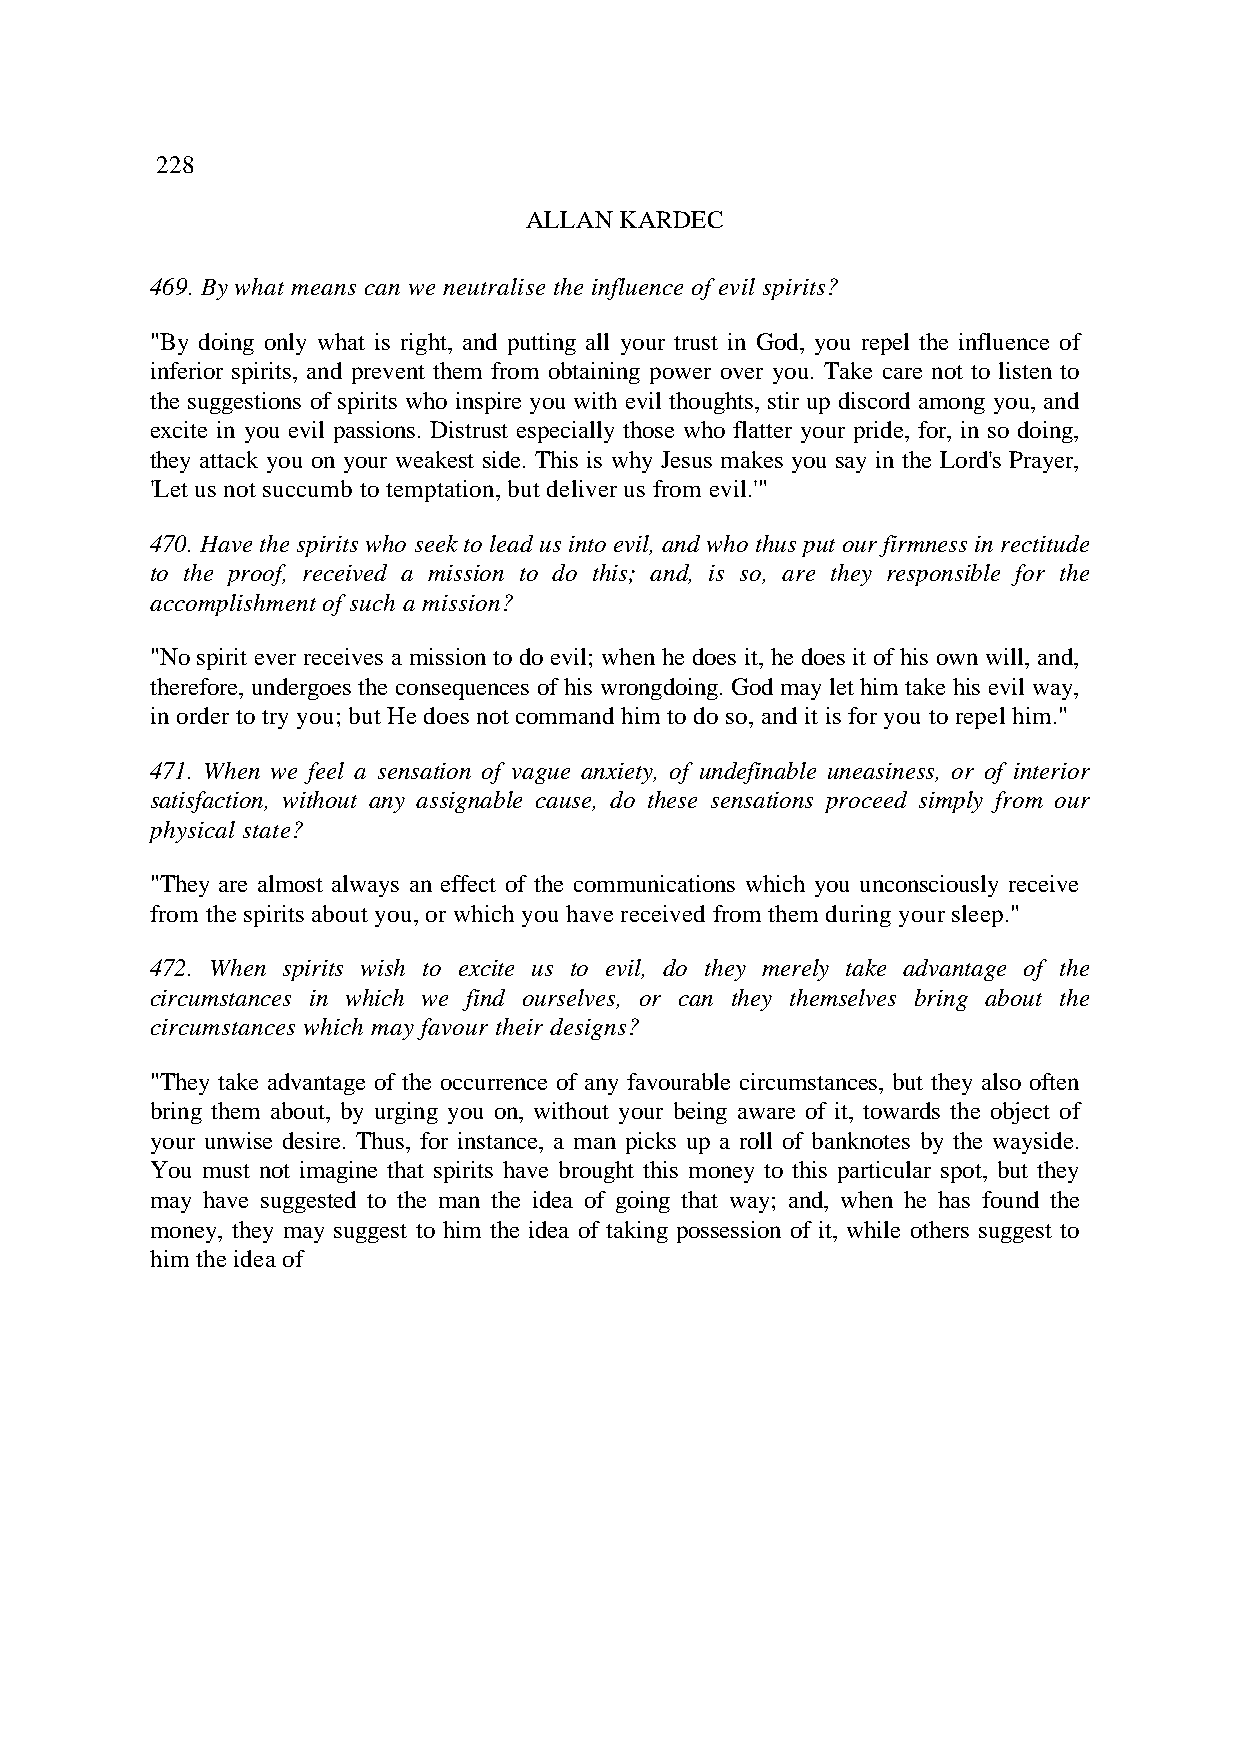
228
 ALLAN KARDEC
 469. By what means can we neutralise the influence of evil spirits?
 "By doing only what is right, and putting all your trust in God, you repel the influence of
 inferior spirits, and prevent them from obtaining power over you. Take care not to listen to
 the suggestions of spirits who inspire you with evil thoughts, stir up discord among you, and
 excite in you evil passions. Distrust especially those who flatter your pride, for, in so doing,
 they attack you on your weakest side. This is why Jesus makes you say in the Lord's Prayer,
 'Let us not succumb to temptation, but deliver us from evil.'"
 470. Have the spirits who seek to lead us into evil, and who thus put our firmness in rectitude
 to the proof, received a mission to do this; and, is so, are they responsible for the
 accomplishment of such a mission?
 "No spirit ever receives a mission to do evil; when he does it, he does it of his own will, and,
 therefore, undergoes the consequences of his wrongdoing. God may let him take his evil way,
 in order to try you; but He does not command him to do so, and it is for you to repel him."
 471. When we feel a sensation of vague anxiety, of undefinable uneasiness, or of interior
 satisfaction, without any assignable cause, do these sensations proceed simply from our
 physical state?
 "They are almost always an effect of the communications which you unconsciously receive
 from the spirits about you, or which you have received from them during your sleep."
 472. When spirits wish to excite us to evil, do they merely take advantage of the
 circumstances in which we find ourselves, or can they themselves bring about the
 circumstances which may favour their designs?
 "They take advantage of the occurrence of any favourable circumstances, but they also often
 bring them about, by urging you on, without your being aware of it, towards the object of
 your unwise desire. Thus, for instance, a man picks up a roll of banknotes by the wayside.
 You must not imagine that spirits have brought this money to this particular spot, but they
 may have suggested to the man the idea of going that way; and, when he has found the
 money, they may suggest to him the idea of taking possession of it, while others suggest to
 him the idea of